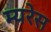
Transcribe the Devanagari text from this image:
म्यरेस